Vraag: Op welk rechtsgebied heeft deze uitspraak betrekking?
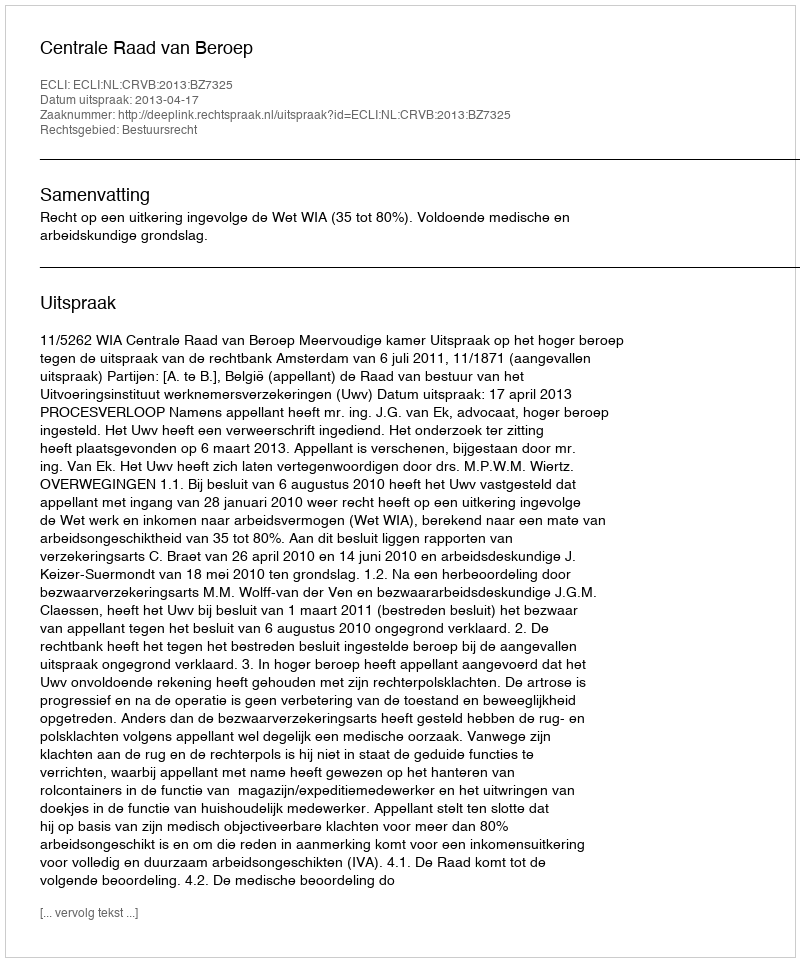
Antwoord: Bestuursrecht